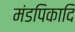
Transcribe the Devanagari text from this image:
मंडपिकादि